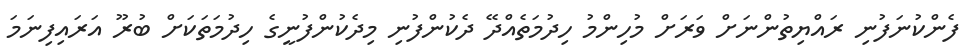
ފެންކުނަފުނި ރައްޔިތުންނަށް ވަރަށް މުހިންމު ހިދުމަތެއްދޭ ދެކުންފުނި މިދެކުންފުނީގެ ހިދުމަތަކަށް ބުރޫ އަރައިފިނަމަ